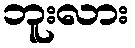
ဘူးလား